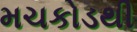
મચકોડથી